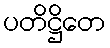
ပတိဋ္ဌိတေ